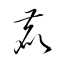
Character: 鹿